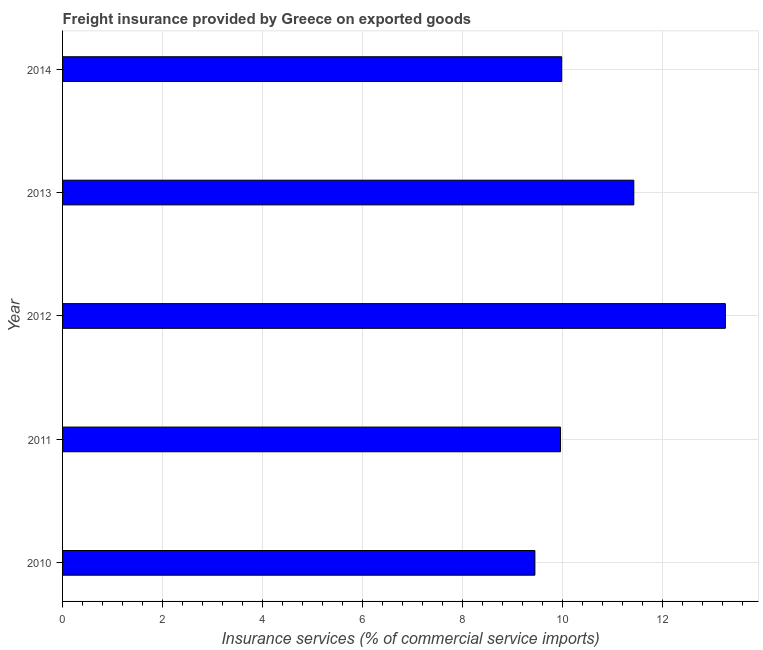
| Year | Insurance and financial services |
 | --- | --- |
 | 2010 | 9.45 |
 | 2011 | 9.96 |
 | 2012 | 13.3 |
 | 2013 | 11.4 |
 | 2014 | 9.98 |